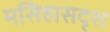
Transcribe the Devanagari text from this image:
मसिहासदृश